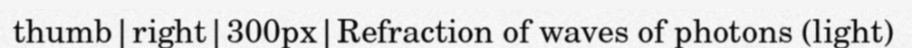
thumb|right|300px|Refraction of waves of photons (light)